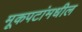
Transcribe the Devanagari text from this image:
मूकपटांमधील